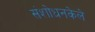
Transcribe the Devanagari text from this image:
संशोधनकेले